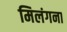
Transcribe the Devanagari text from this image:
मिलंगना